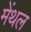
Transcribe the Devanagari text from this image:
मेंथल